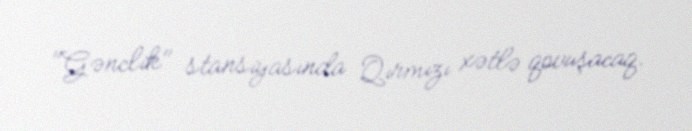
"Gənclik" stansiyasında Qırmızı xətlə qovuşacaq.